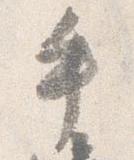
手